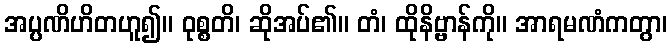
အပ္ပဏိဟိတဟူ၍။ ဝုစ္စတိ၊ ဆိုအပ်၏။ တံ၊ ထိုနိဗ္ဗာန်ကို။ အာရမဏံကတွာ၊